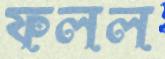
ফলল